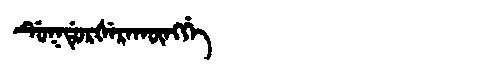
Manchu: ᡩᡠᡴᡩᡠᡵᡧᡝᡵᠠᡴᡡᠩᡤᡝ
Romanization: DUKDURŠERAKŪNGGE